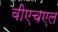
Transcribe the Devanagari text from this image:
वीएचएल